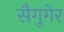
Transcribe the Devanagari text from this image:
सैगुगेर